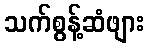
သက်စွန့်ဆံဖျား